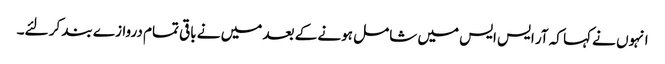
انہوں نے کہا کہ آر ایس ایس میں شامل ہونے کے بعد میں نے باقی تمام دروازے بند کر لئے۔